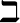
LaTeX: \beth